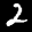
Label: 2